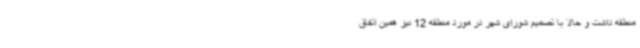
منطقه داشت و حالا با تصمیم شورای شهر در مورد منطقه 12 نیز همین اتفاق